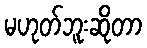
မဟုတ်ဘူးဆိုတာ